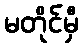
မတိုင်မှီ